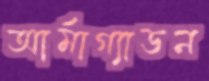
আর্মাগ্যাডন